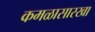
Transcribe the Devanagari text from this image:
कमळासारखा